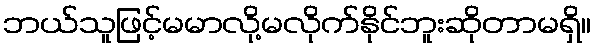
ဘယ်သူဖြင့်မမာလို့မလိုက်နိုင်ဘူးဆိုတာမရှိ။